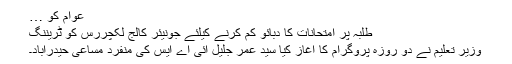
عوام کو …
طلبہ پر امتحانات کا دبائو کم کرنے کیلئے جونیئر کالج لکچررس کو ٹریننگ
وزیر تعلیم نے دو روزہ پروگرام کا آغاز کیا سید عمر جلیل آئی اے ایس کی منفرد مساعی حیدرآباد۔